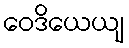
ဝေဒိယေယျ